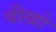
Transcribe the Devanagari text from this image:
वीखो